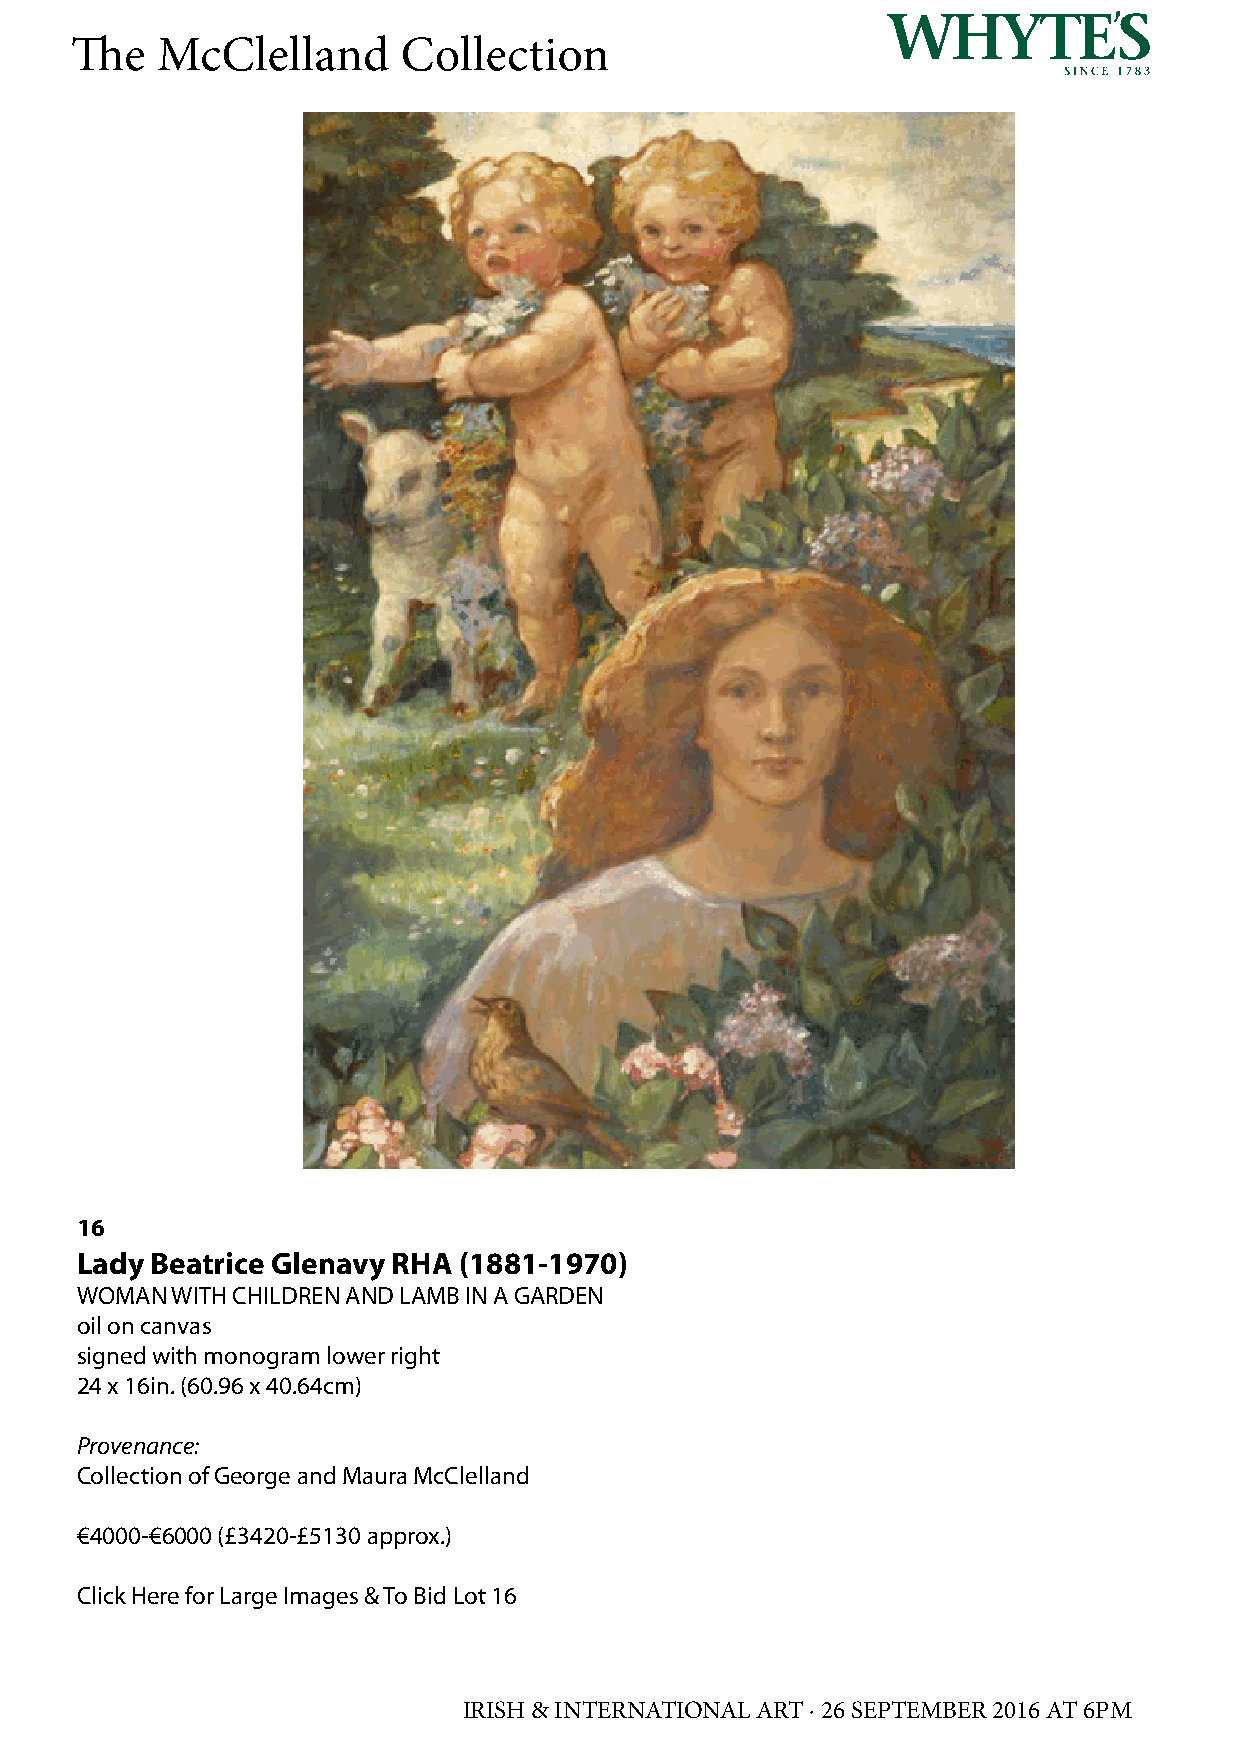
The  McClelland       Collection
 16
 Lady Beatrice Glenavy RHA (1881-1970)
 WOMAN WITH CHILDREN AND LAMB IN A GARDEN
 oil on canvas
 signed with monogram lower right
 24 x 16in. (60.96 x 40.64cm)
 Provenance:
 Collection of George and Maura McClelland
 €4000-€6000 (£3420-£5130 approx.)
 Click Here for Large Images & To Bid Lot 16
 IRISH & INTERNATIONAL ART · 26 SEPTEMBER 2016 AT 6PM